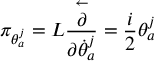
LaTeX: \pi _ { \theta _ { a } ^ { j } } = L \frac { \stackrel { \leftarrow } { \partial } } { \partial \dot { \theta } _ { a } ^ { j } } = \frac { i } { 2 } \theta _ { a } ^ { j }